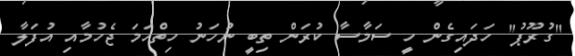
"ގުރޫޕު" ހަދައިގެން ހީ ސަމާސާ ކުރަން ތިބީ ނުހަނު ހިތްހަމަ ޖެހުމާއި އުފަލާ